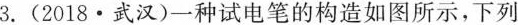
3.(2018·武汉)一种试电笔的构造如图所示，下列